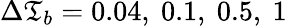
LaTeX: \Delta\mathfrak{T}_{b}=0.04,\ 0.1,\ 0.5,\ 1